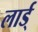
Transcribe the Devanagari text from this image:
लार्ड्‌